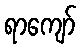
ရာကျော်